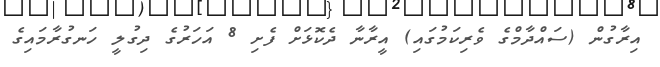
އިރާގުން (ސައްދާމްގެ ވެރިކަމުގައި) އީރާނާ ދެކޮޅަށް ފެށި 8 އަހަރުގެ ދިގުލީ ހަނގުރާމައިގެ